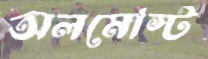
অলমোস্ট